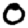
Digit: 0